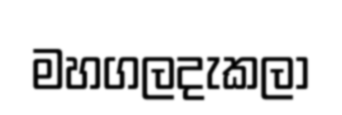
මහගලදැකලා